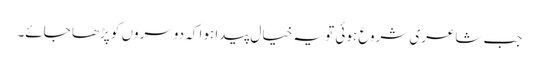
جب شاعری شروع ہوئی تو یہ خیال پیدا ہوا کہ دوسروں کو پڑھا جائے۔